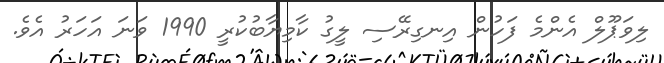
ލިވަޕޫލް އެންމެ ފަހުން އިނގިރޭސި ލީގު ކާމިޔާބުކުރީ 1990 ވަނަ އަހަރު އެވެ.